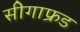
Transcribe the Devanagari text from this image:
सीगाफ्रड